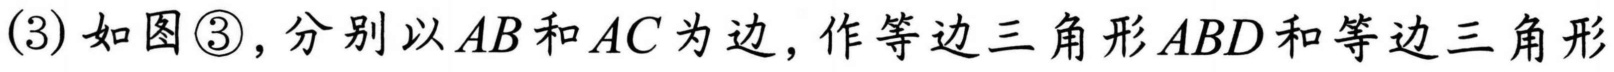
(3)如图\textcircled{3},分别以 \(AB\) 和 \(AC\) 为边,作等边三角形 \(ABD\) 和等边三角形